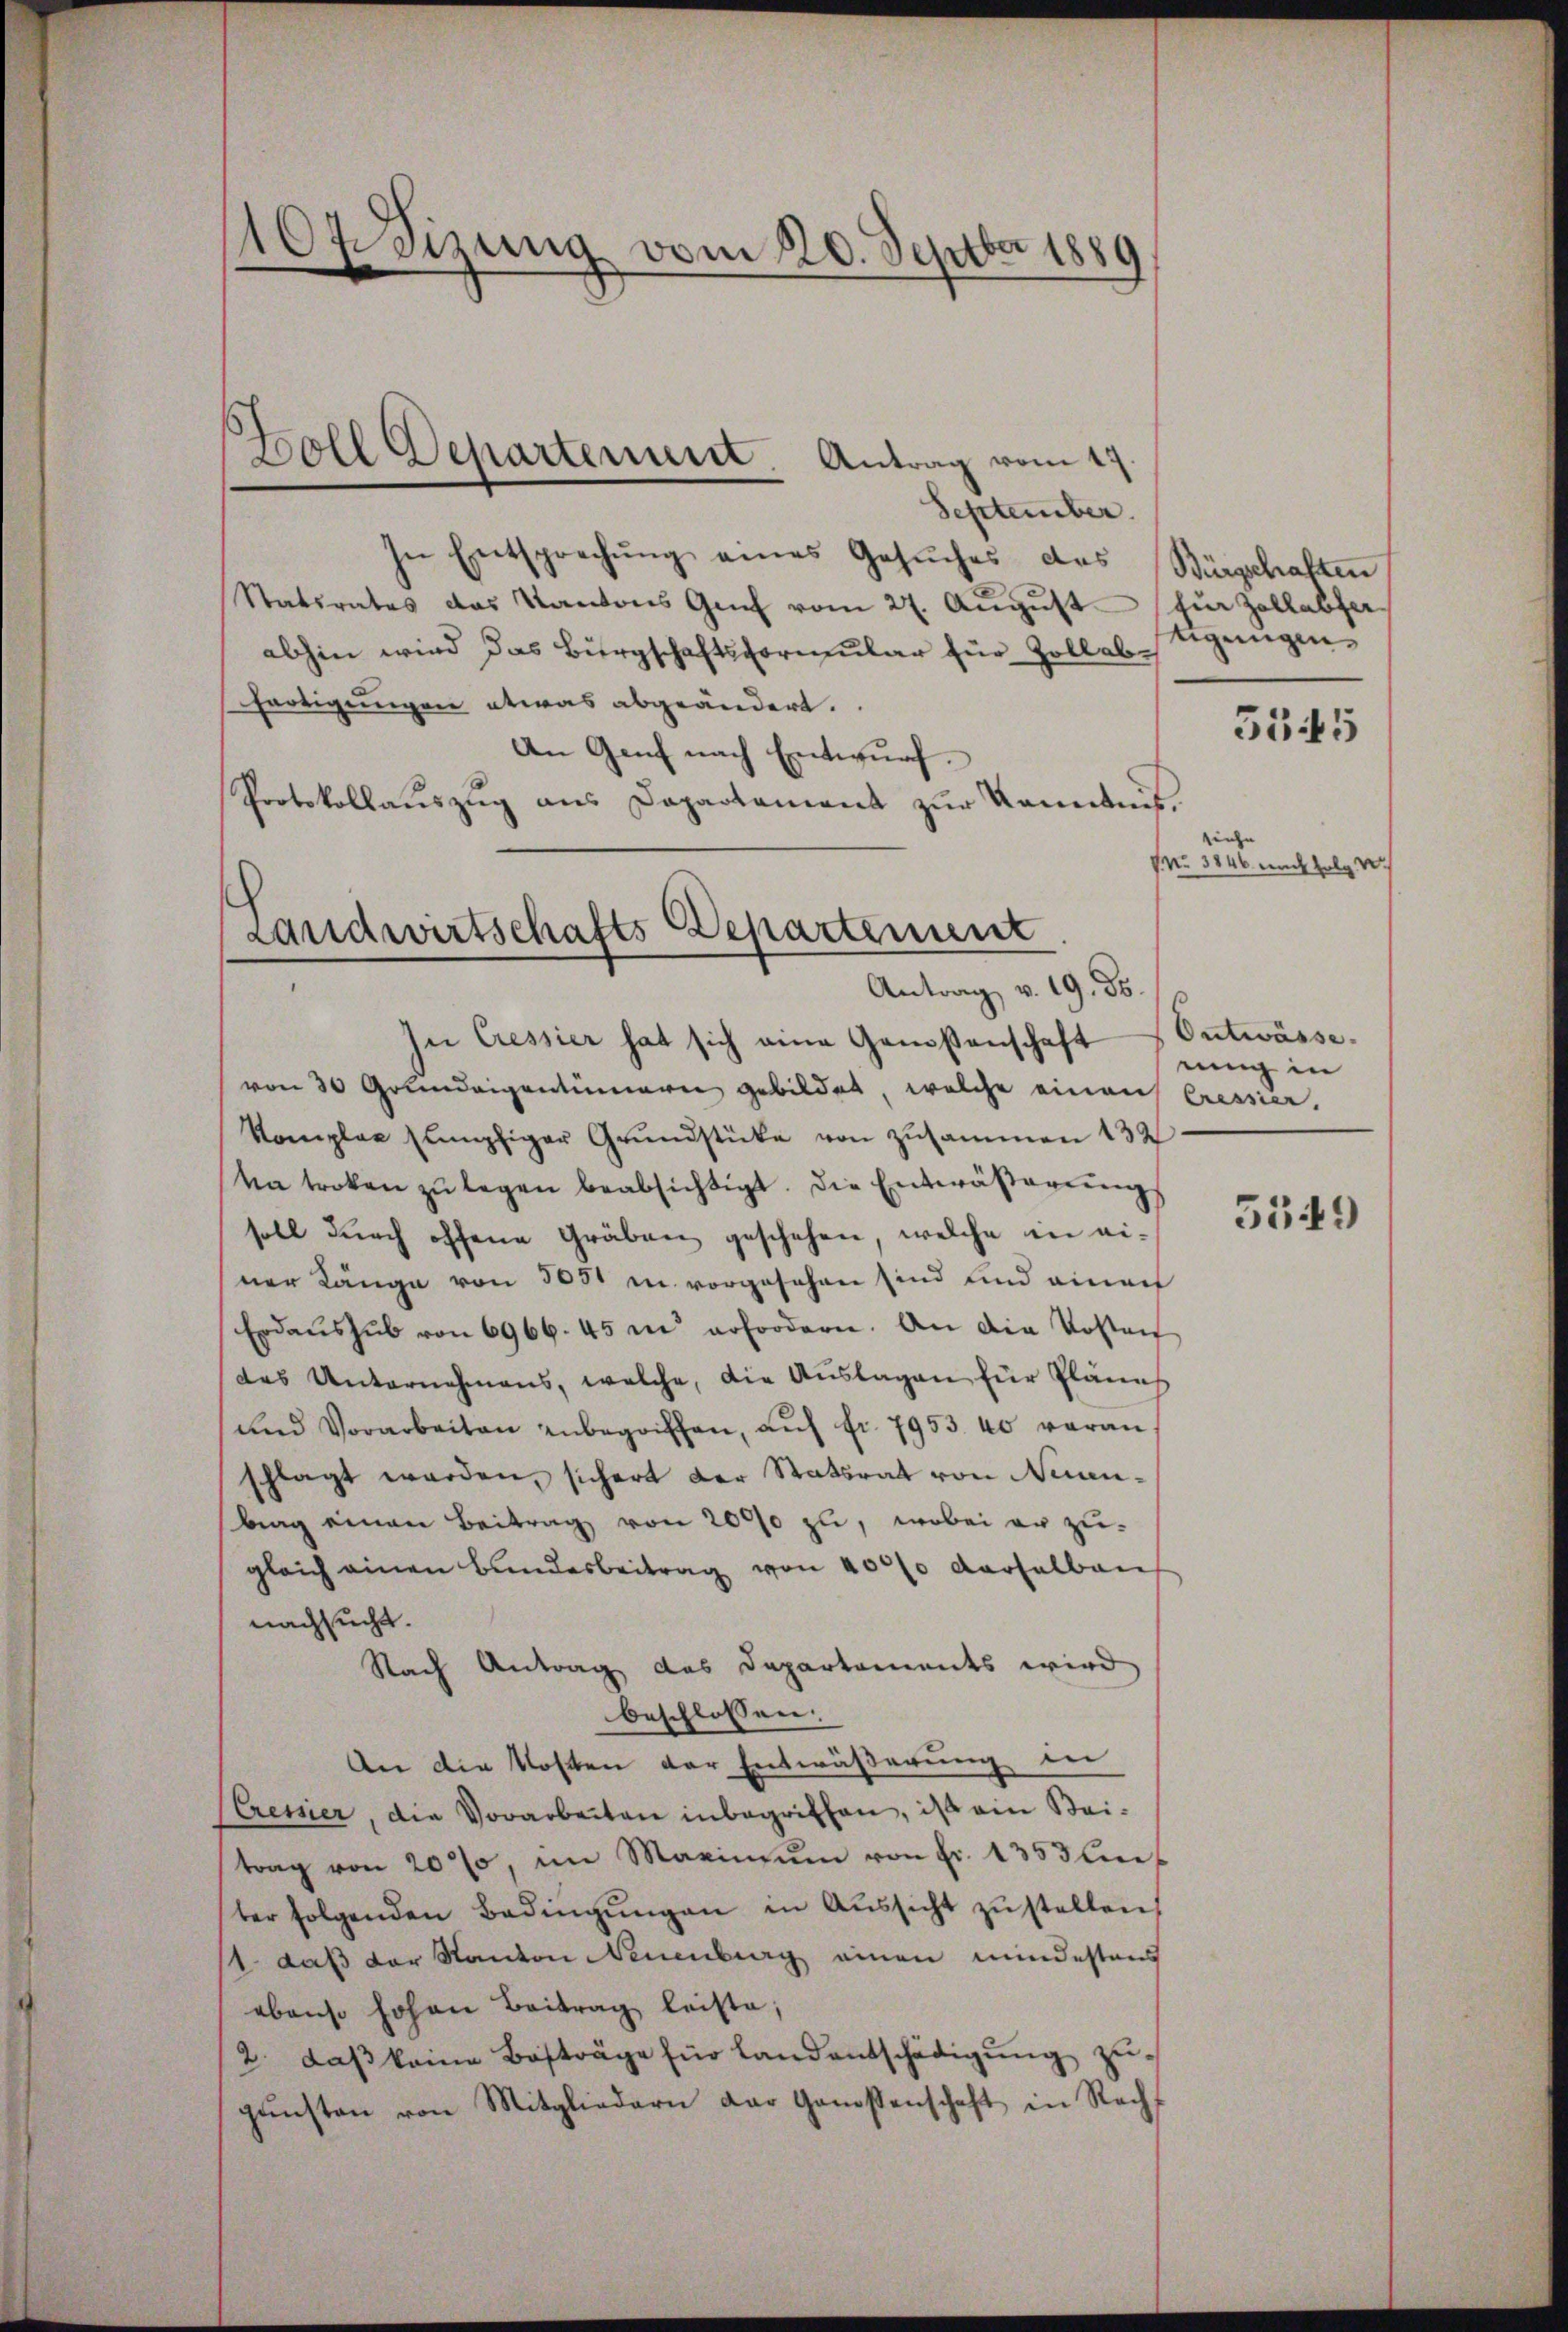
104 Sizung vom 20. Septbr 1889

September.
In Entsprechŭng eines Gesŭches des Bürgschaften
Statsrates das Kantons Genf vom 27. Aŭgŭst für Zollabfer
abhin wird das Bürgschaftsformular für Zollabe
hartigungen etwas abgeändert.
An Genf nach Entwurf.
Protokollauszug aus Dapartament zur Kenntnis.
siehe
Nr. 3146 nach Holz v

Boll Departenum. Antrag vom 19

Landwirtschafts-Departement
Antrag v. 19. ds.

tigungen.

In Cessier hat sich eine Genossenschaft Entwässe.
von 30 Grundeigentümern gebildet, welche einaus Cressier.
Komplex sumpfiger Grundstücke von zusammen 132
ta troken zŭ legen beabsichtigt. Die Entwässerungs
soll durch offene Gräben geschehen, welche in einer Länge von 305 u. vorgesehen sind und einer
Erdaushub von 6966. 45 in erfordern. An die Kosten
das Unternehmens, welche, die Auslagen für Pläne
und Vorarbeiten unbegriffen, auf fr. 7953. 40 voran
schlagt werden, sichert der Statsrat von Neuanbrag einen Beitrag von 2000 zu, wobei er zu-
gleich einen Bundesbeitrag von 4000 derselben
nachsucht.
Nach Antrag des Departements wird
beschlossen:
An die Kosten der Entwäßerung in
CCremier, die Vorarbeiten inbegriffen, ist ein Seitrag von 20%, im Marinum von Fr. 1353 bi
ter folgenden Bedingŭngen in Aŭssicht zŭ stellen,
t daß der Kanton Neuenburg einen mindestens
ebenso hohen Beitrag leiste;
2. daß keine Besträge für Landentschädigung zugŭnsten von Mitgliedern der Genossenschaft in Recht

5345

nung in

5549